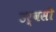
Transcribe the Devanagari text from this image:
उर्वसी